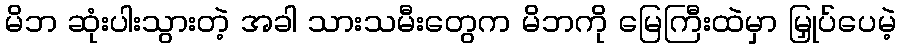
မိဘ ဆုံးပါးသွားတဲ့ အခါ သားသမီးတွေက မိဘကို မြေကြီးထဲမှာ မြှုပ်ပေမဲ့